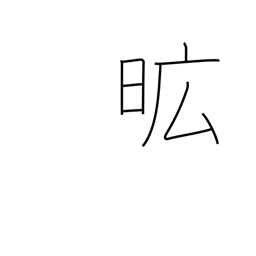
Meaning: extensive